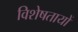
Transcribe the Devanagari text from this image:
विशेषतायों